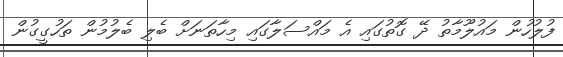
ފުލުހުން މައުލޫމާތު ދޭ ގޮތުގައި އެ މައްސަލާގައި މިހާތަނަށް ބެލި ބެލުމުން ތަހުގީގުން